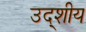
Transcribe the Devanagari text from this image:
उद्शीय